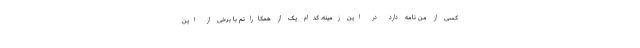
کسی از من نامه دارد در این زمینه. کدام یک از همکارانم با برخی از این